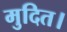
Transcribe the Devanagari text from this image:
मुदित।